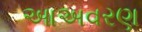
આઅવરણ